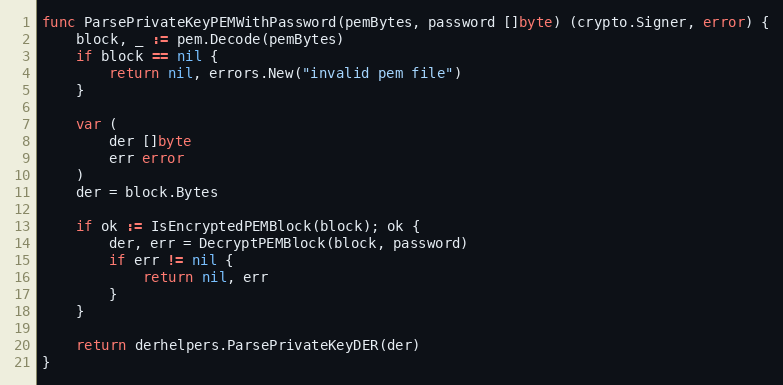
Language: Go
func ParsePrivateKeyPEMWithPassword(pemBytes, password []byte) (crypto.Signer, error) {
	block, _ := pem.Decode(pemBytes)
	if block == nil {
		return nil, errors.New("invalid pem file")
	}

	var (
		der []byte
		err error
	)
	der = block.Bytes

	if ok := IsEncryptedPEMBlock(block); ok {
		der, err = DecryptPEMBlock(block, password)
		if err != nil {
			return nil, err
		}
	}

	return derhelpers.ParsePrivateKeyDER(der)
}